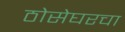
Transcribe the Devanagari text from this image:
ठोसेघरचा